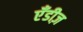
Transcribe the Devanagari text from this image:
एँडीज़